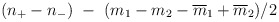
\begin{align*}(n_+ - n_-) \ - \ (m_1 - m_2 - {\overline{m}_1} + {\overline{m}_2}) / 2\end{align*}